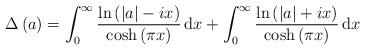
LaTeX: \begin{align*}\Delta\left(a\right) &= \int_0^{\infty} \frac{\ln\left(\left|a\right| - ix\right)}{\cosh\left(\pi x\right)} \, \mathrm{d}x + \int_0^{\infty} \frac{\ln\left(\left|a\right| + ix\right)}{\cosh\left(\pi x\right)} \, \mathrm{d}x\end{align*}